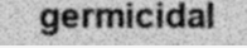
germicidal